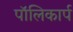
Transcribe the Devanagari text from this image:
पॉलिकार्प